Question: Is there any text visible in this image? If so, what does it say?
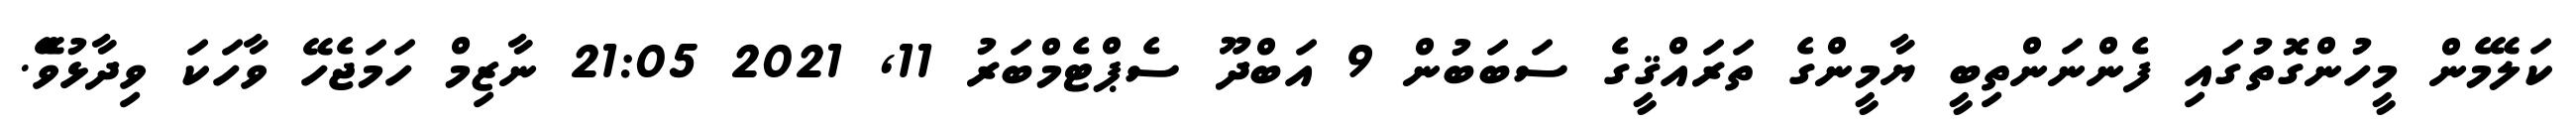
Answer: ކަލޭމެން މީހުންގޮތުގައި ފެންނަންތިބީ ޔާމީންގެ ތަރައްޤީގެ ސަބަބުން 9 އަބްދޫ ސެޕްޓެމްބަރު 11, 2021 21:05 ނާޒިމް ހަމަޖެހޭ ވާހަކަ ވިދާޅުވެޭ.